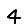
Digit: 4